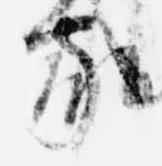
家